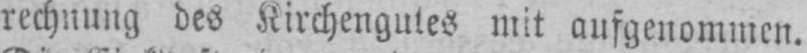
rechnung des Kirchengutes mit aufgenommen.